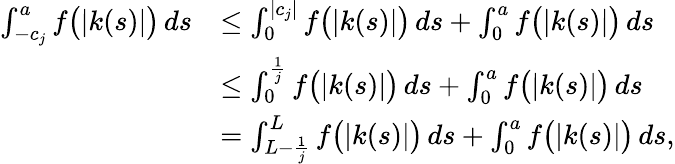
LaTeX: \begin{array}{rl}{\int_{-c_{j}}^{a}f\big(|k(s)|\big)\, ds}&{\leq\int_{0}^{|c_{j}|}f\big(|k(s)|\big)\, ds+\int_{0}^{a}f\big(|k(s)|\big)\, ds}\\ &{\leq\int_{0}^{\frac{1}{j}}f\big(|k(s)|\big)\, ds+\int_{0}^{a}f\big(|k(s)|\big)\, ds}\\ &{=\int_{L-\frac{1}{j}}^{L}f\big(|k(s)|\big)\, ds+\int_{0}^{a}f\big(|k(s)|\big)\, ds,}\end{array}